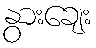
နွားချေး